Leaving Certificate Examination (including Day School Certificate (Higher) General paper), 1938
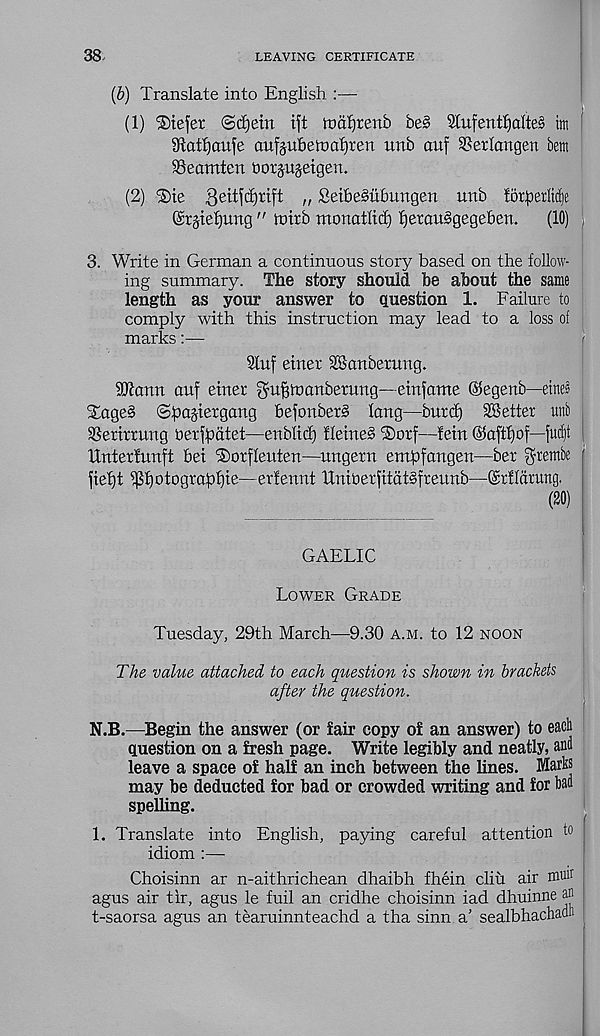
38
LEAVING CERTIFICATE
(6) Translate into English :—
(1) iStefet @c£)em ift tnafjrenb be§ Stufentljaltes tm
Stotljaufe aufju6eroa£}teri unb auf SSerlangen bem
Seomten horjujetgen.
(2) iSie 36ttfd)rift „ SeibeSubungen unb forperlicfte
©rgtefjung " intrb monatlid) £)etau§gegeben.
(10) ;
3. Write in German a continuous story based on the follow-
ing summary. The story should be about the same
length as your answer to question 1. Failure to
comply with this instruction may lead to a loss of
marks:—
t
Stuf einer SBanberurtg.
Sftantt auf enter gufffttanbetung—ehtfame ®egenb—etneS
Staged Spasiergaug befonberS lang—butcf) ^Setter unfc
iberimuig berfpdtet—enblid) tleiueS ®orf—teiu ©aftpof—ft#
llnterfunft bet ®orfleuten—uugeru empfangen—ber grembe
fiept ippotograppie—er'fennt IXuiberfttdtSfreuub—Gtfldrung.
(20)
GAELIC
Lower Grade
Tuesday, 29th March—9.30 a.m. to 12 noon
The value attached to each question is shown in brackets
after the question.
N.B.—Begin the answer (or fair copy o£ an answer) to each
question on a fresh page. Write legibly and neatly, ana
leave a space of half an inch between the lines. Matte
may be deducted for bad or crowded writing and for baa
spelling.
1. Translate into English, paying careful attention to
idiom :—
Choisinn ar n-aithrichean dhaibh fhein cliu air man
agus air tir, agus le fuil an cridhe choisinn iad dhuinne an
t-saorsa agus an tearuinnteachd a tha sinn a’ sealbhachadn